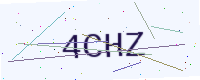
Text: 4CHZ